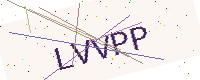
Text: LVVPP